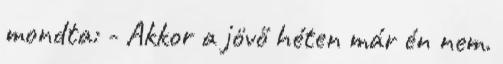
mondta: - Akkor a jövő héten már én nem.